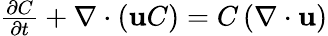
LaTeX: \begin{array}{r}{\frac{\partial C}{\partial t}+\mathbf{\nabla}\cdot\left(\mathbf{u}C\right)=C\left(\mathbf{\nabla}\cdot\mathbf{u}\right)}\end{array}